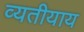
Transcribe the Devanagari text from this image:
व्यतीयाय